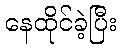
နေထိုင်ခဲ့ပြီး